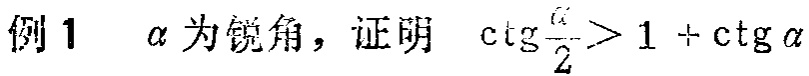
例1 $\alpha$为锐角，证明 $\ctg\frac{\alpha}{2}>1 + \ctg\alpha$